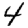
Digit: 4